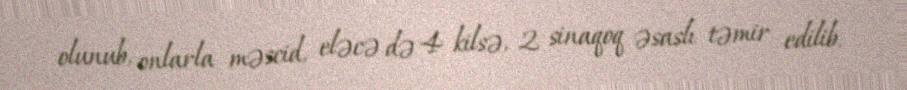
olunub, onlarla məscid, eləcə də 4 kilsə, 2 sinaqoq əsaslı təmir edilib.